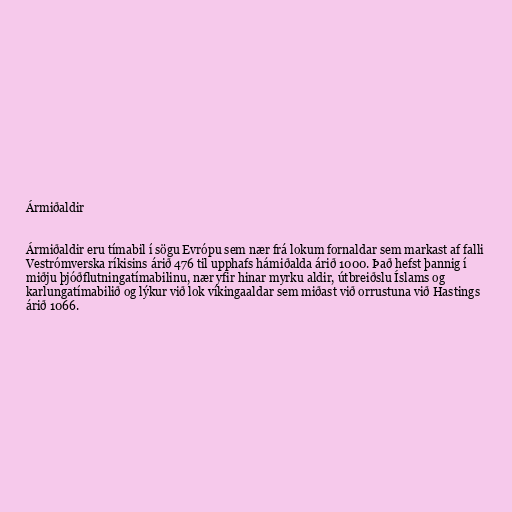
Ármiðaldir

Ármiðaldir eru tímabil í sögu Evrópu sem nær frá lokum fornaldar sem markast af falli
Vestrómverska ríkisins árið 476 til upphafs hámiðalda árið 1000. Það hefst þannig í
miðju þjóðflutningatímabilinu, nær yfir hinar myrku aldir, útbreiðslu Íslams og
karlungatímabilið og lýkur við lok víkingaaldar sem miðast við orrustuna við Hastings
árið 1066.